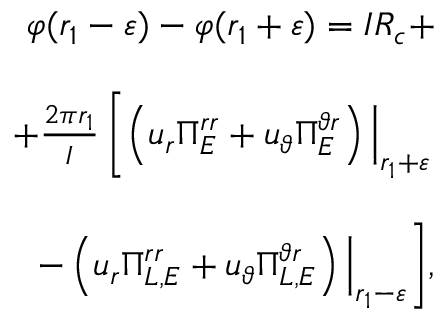
\begin{array} { r l r } & { } & { \varphi ( r _ { 1 } - \varepsilon ) - \varphi ( r _ { 1 } + \varepsilon ) = I R _ { c } + } \\ & { } & \\ & { } & { \qquad \qquad + \frac { 2 \pi r _ { 1 } } { I } \left[ \left( u _ { r } \Pi _ { E } ^ { r r } + u _ { \vartheta } \Pi _ { E } ^ { \vartheta r } \right) \Big | _ { r _ { 1 } + \varepsilon } \right. } \\ & { } & \\ & { } & { \qquad \qquad \qquad \qquad \left. - \left( u _ { r } \Pi _ { L , E } ^ { r r } + u _ { \vartheta } \Pi _ { L , E } ^ { \vartheta r } \right) \Big | _ { r _ { 1 } - \varepsilon } \right] \! , } \end{array}